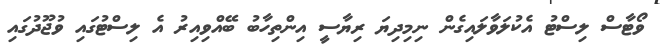
ވޯޓާސް ލިސްޓު އެކުލަވާލައިގެން ނިމިދިޔަ ރިޔާސީ އިންތިހާބު ބޭއްވިއިރު އެ ލިސްޓުގައި ވުޖޫދުގައި